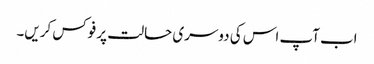
اب آپ اس کی دوسری حالت پر فوکس کریں۔